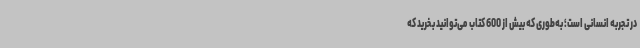
در تجربه انسانی است؛ به‌طوری که بیش از 600 کتاب می‌توانید بخرید که